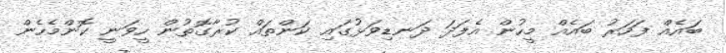
ބައެއް ފަހަރު ބައެއް މީހުން އެފަދަ ދަނޑިވަޅުގައި ކަންތައް ކުރާގޮތުން ހީވަނީ ކޮންމެހެން